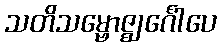
သတိသမ္ဗောဇ္ဈင်္ဂေါပေ